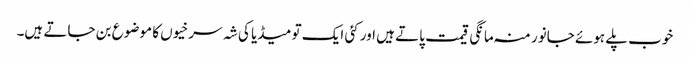
خوب پلے ہوئے جانور منہ مانگی قیمت پاتے ہیں اور کئی ایک تو میڈیا کی شہ سرخیوں کا موضوع بن جاتے ہیں۔